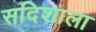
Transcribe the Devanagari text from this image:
सदिशाला